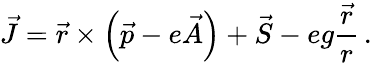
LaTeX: \vec{J}=\vec{r}\times\left(\vec{p}-e\vec{A}\right)+\vec{S}-eg\frac{\vec{r}}{r}\, .